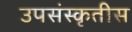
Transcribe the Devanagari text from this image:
उपसंस्कृतीस